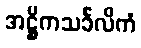
အဋ္ဌိကသင်္ခလိကံ